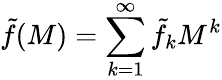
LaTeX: \tilde{f}(M)=\sum_{k=1}^{\infty}\tilde{f}_{k}M^{k}